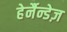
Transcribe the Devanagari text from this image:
हेर्नैन्डेज़